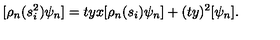
[ \rho _ { n } ( s _ { i } ^ { 2 } ) \psi _ { n } ] = t y x [ \rho _ { n } ( s _ { i } ) \psi _ { n } ] + ( t y ) ^ { 2 } [ \psi _ { n } ] .